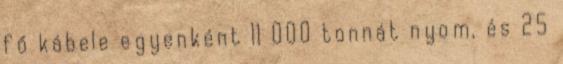
fő kábele egyenként 11 000 tonnát nyom, és 25